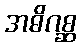
အဓိဂစ္ဆ